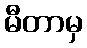
မီတာမှ